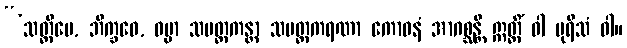
“‘သတ္တိမေ, ဘိက္ခဝေ, ဓမ္မာ သပတ္တကန္တာ သပတ္တကရဏာ ကောဓနံ အာဂစ္ဆန္တိ ဣတ္ထိံ ဝါ ပုရိသံ ဝါ။